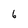
Character: 6